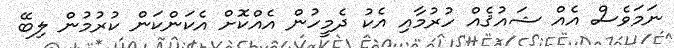
ނަމަވެސް އެއް ޝައުޤެއް ހުރުމާއި އެކު ދެމީހުން އެއްކޮށް އެކަންކަން ކުރުމުން ލިބޭ